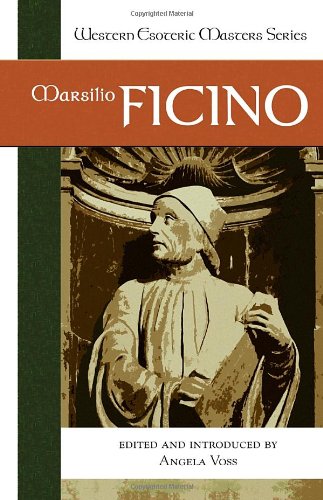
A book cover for Marsilio Ficino (Western Esoteric Masters); Politics & Social Sciences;